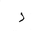
Letter: _zay